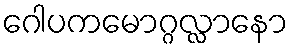
ဂေါပကမောဂ္ဂလ္လာနော